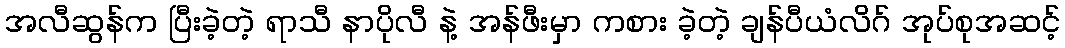
အလီဆွန်က ပြီးခဲ့တဲ့ ရာသီ နာပိုလီ နဲ့ အန်ဖီးမှာ ကစား ခဲ့တဲ့ ချန်ပီယံလိဂ် အုပ်စုအဆင့်